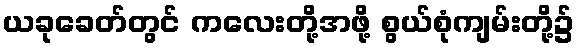
ယခုခေတ်တွင် ကလေးတို့အဖို့ စွယ်စုံကျမ်းတို့၌